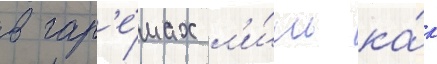
в гар'е́мах л'и́шь ка́к